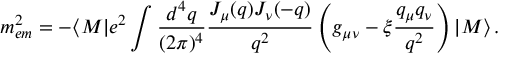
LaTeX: m _ { e m } ^ { 2 } = - \langle M | e ^ { 2 } \int \frac { d ^ { 4 } q } { ( 2 \pi ) ^ { 4 } } \frac { J _ { \mu } ( q ) J _ { \nu } ( - q ) } { q ^ { 2 } } \left( g _ { \mu \nu } - \xi \frac { q _ { \mu } q _ { \nu } } { q ^ { 2 } } \right) | M \rangle \, .